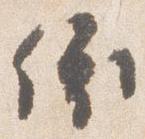
依